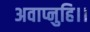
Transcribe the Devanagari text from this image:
अवाप्नुहि।।